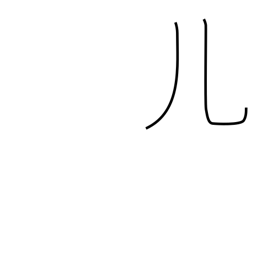
Meaning: legs radical (no. 10)